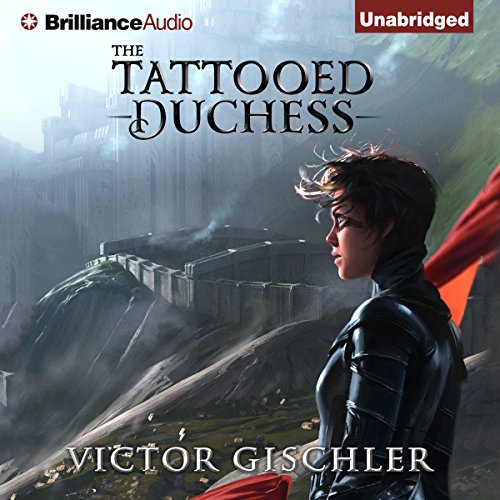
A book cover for The Tattooed Duchess: A Fire Beneath the Skin, Book 2; Victor Gischler; Literature & Fiction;